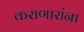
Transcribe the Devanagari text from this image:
कराणारांना